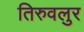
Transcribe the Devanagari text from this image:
तिरुवलुर